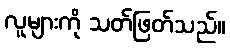
လူများကို သတ်ဖြတ်သည်။